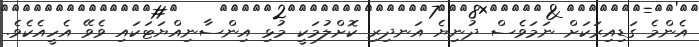
އެންމެ ގަޑިއިރަކަށް ނަމަވެސް ދުނިޔެ އަނދިރި ކޮށްލުމަކީ މުޅި އިންސާނިއްޔަޓަކައި ވެވޭ އެހީއެކެވެ.